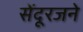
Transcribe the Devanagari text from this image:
सेंदूरजने